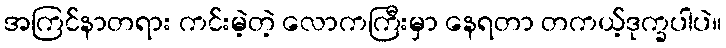
အကြင်နာတရား ကင်းမဲ့တဲ့ လောကကြီးမှာ နေရတာ တကယ့်ဒုက္ခပါပဲ။